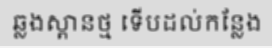
ឆ្លងស្ពានថ្ម ទើបដល់កន្លែង